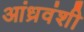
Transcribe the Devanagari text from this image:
आंध्रवंशी